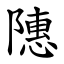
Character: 䧥